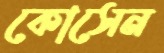
কোসেন